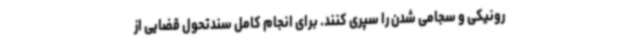
رونیکی و سجامی شدن را سپری کنند. برای انجام کامل سندتحول قضایی از